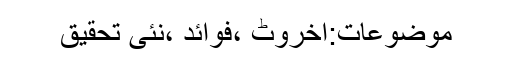
موضوعات:اخروٹ ،فوائد ،نئی تحقیق